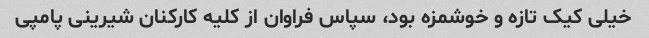
خیلی کیک تازه و خوشمزه بود، سپاس فراوان از کلیه کارکنان شیرینی پامپی